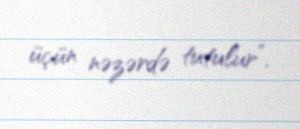
üçün nəzərdə tutulur”.